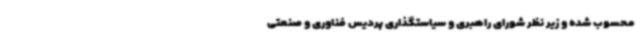
محسوب شده و زیر نظر شورای راهبری و سیاستگذاری پردیس فناوری و صنعتی